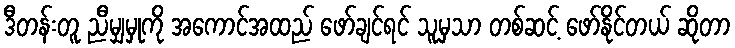
ဒီတန်းတူ ညီမျှမှုကို အကောင်အထည် ဖော်ချင်ရင် သူမှသာ တစ်ဆင့် ဖော်နိုင်တယ် ဆိုတာ